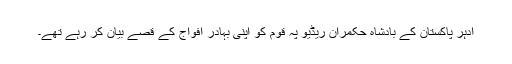
ادہر پاکستان کے بادشاہ حکمران ریڈیو پہ قوم کو اپنی بہادر افواج کے قصے بیان کر رہے تھے۔